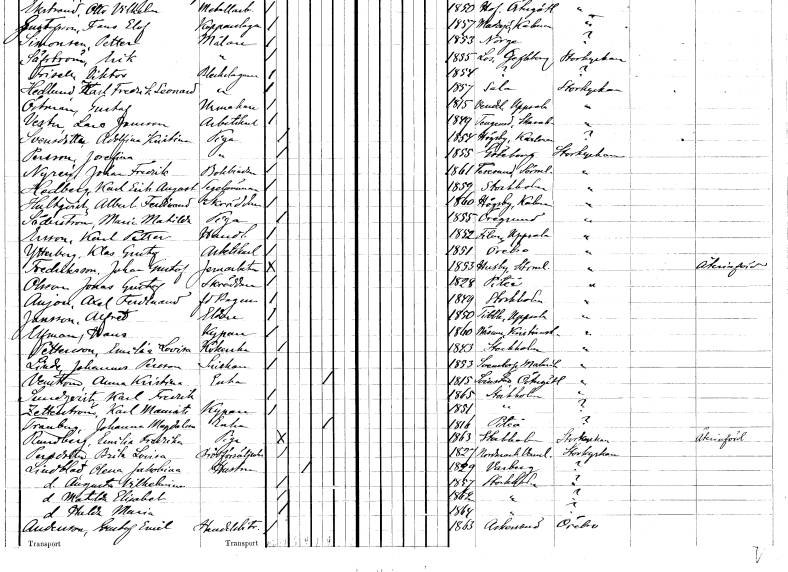
gt_parse: households: individuals: FN: Josefina
EN: Persson
YRKE: Piga
KON: K
CIV: O
FODAR: 1855
FODFORS: Göteborg Göteborgs- och Bohuslän
FN: Johan Fredrik
EN: Nyrén
YRKE: Bokbindare
KON: M
CIV: O
FODAR: 1861
FODFORS: Toresund Södermanlands län
FN: Karl Erik August
EN: Hedberg
YRKE: Segelsömmare
KON: M
CIV: O
FODAR: 1859
FODFORS: Stockholm
FN: Albert Ferdinand
EN: Hultqvist
YRKE: Skräddare
KON: M
CIV: O
FODAR: 1860
FODFORS: Högsby Kalmar län
FN: Maria Matilda
EN: Söderström
YRKE: Piga
KON: K
CIV: O
FODAR: 1855
FODFORS: Öregrund Uppsala län
FN: Karl Petter
EN: Ersson
YRKE: Handlande
KON: M
CIV: O
FODAR: 1852
FODFORS: Film Uppsala län
FN: Klas Gustaf
EN: Ytterberg
YRKE: Arbetskarl
KON: M
CIV: O
FODAR: 1851
FODFORS: Örebro Örebro län
FN: Johan Gustaf
EN: Fredriksson
YRKE: Järnarbetare
KON: M
CIV: O
FODAR: 1853
FODFORS: Husby Stockholms län
FN: Jonas Gustaf
EN: Olsson
YRKE: Skräddare
KON: M
CIV: O
FODAR: 1828
FODFORS: Piteå Norrbottens län
FN: Axel Ferdinand
EN: Anjou
YRKE: Bagare f.d.
KON: M
CIV: O
FODAR: 1849
FODFORS: Stockholm
FN: Alfred
EN: Jansson
YRKE: Eldare
KON: M
CIV: O
FODAR: 1850
FODFORS: Tibble Uppsala län
FN: Hans
EN: Elfman
YRKE: Kypare
KON: M
CIV: O
FODAR: 1860
FODFORS: Näsum Kristianstads län
FN: Emilia Lovisa
EN: Pettersson
YRKE: Kokerska
KON: K
CIV: O
FODAR: 1843
FODFORS: Stockholm
FN: Johannes
EN: Linde Persson
YRKE: Snickare
KON: M
CIV: O
FODAR: 1853
FODFORS: Svenstorp Malmöhus län
FN: Anna Kristina
EN: Vennström
YRKE: Änka
KON: K
CIV: E
FODAR: 1815
FODFORS: Svinstad Östergötlands län
FN: Karl Fredrik
EN: Sundqvist
KON: M
CIV: O
FODAR: 1865
FODFORS: Stockholm
FN: Karl Maurits
EN: Zetterström
YRKE: Kypare
KON: M
CIV: O
FODAR: 1851
FODFORS: Stockholm
FN: Johanna Magdalena
EN: Tranberg
YRKE: Änka
KON: K
CIV: E
FODAR: 1816
FODFORS: Piteå Norrbottens län
FN: Emilia Fredrika
EN: Rundberg
YRKE: Piga
KON: K
CIV: O
FODAR: 1863
FODFORS: Stockholm
FN: Brita Lovisa
EN: Persdotter
YRKE: Brödförsäljerska
KON: K
CIV: O
FODAR: 1827
FODFORS: Nordmark Värmlands län
FN: Olena Jakobina
EN: Lindblad
YRKE: Hustru
KON: K
CIV: G
FODAR: 1829
FODFORS: Varberg Hallands län
FN: Augusta Vilhelmina
KON: K
CIV: O
FODAR: 1857
FODFORS: Stockholm
FN: Matilda Elisabet
KON: K
CIV: O
FODAR: 1862
FODFORS: Stockholm
FN: Hulda Maria
KON: K
CIV: O
FODAR: 1864
FODFORS: Stockholm
FN: Gustaf Emil
EN: Andersson
YRKE: Handelsbiträde
KON: M
CIV: O
FODAR: 1863
FODFORS: Askersund Örebro län